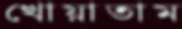
খোয়াতাম